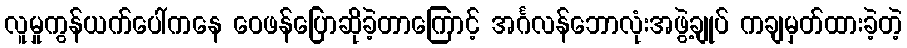
လူမှုကွန်ယက်ပေါ်ကနေ ဝေဖန်ပြောဆိုခဲ့တာကြောင့် အင်္ဂလန်ဘောလုံးအဖွဲ့ချုပ် ကချမှတ်ထားခဲ့တဲ့